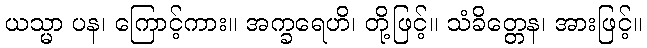
ယသ္မာ ပန၊ ကြောင့်ကား။ အက္ခရေဟိ၊ တို့ဖြင့်။ သံခိတ္တေန၊ အားဖြင့်။